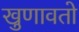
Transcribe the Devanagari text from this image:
खुणावतो